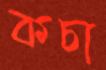
কচা